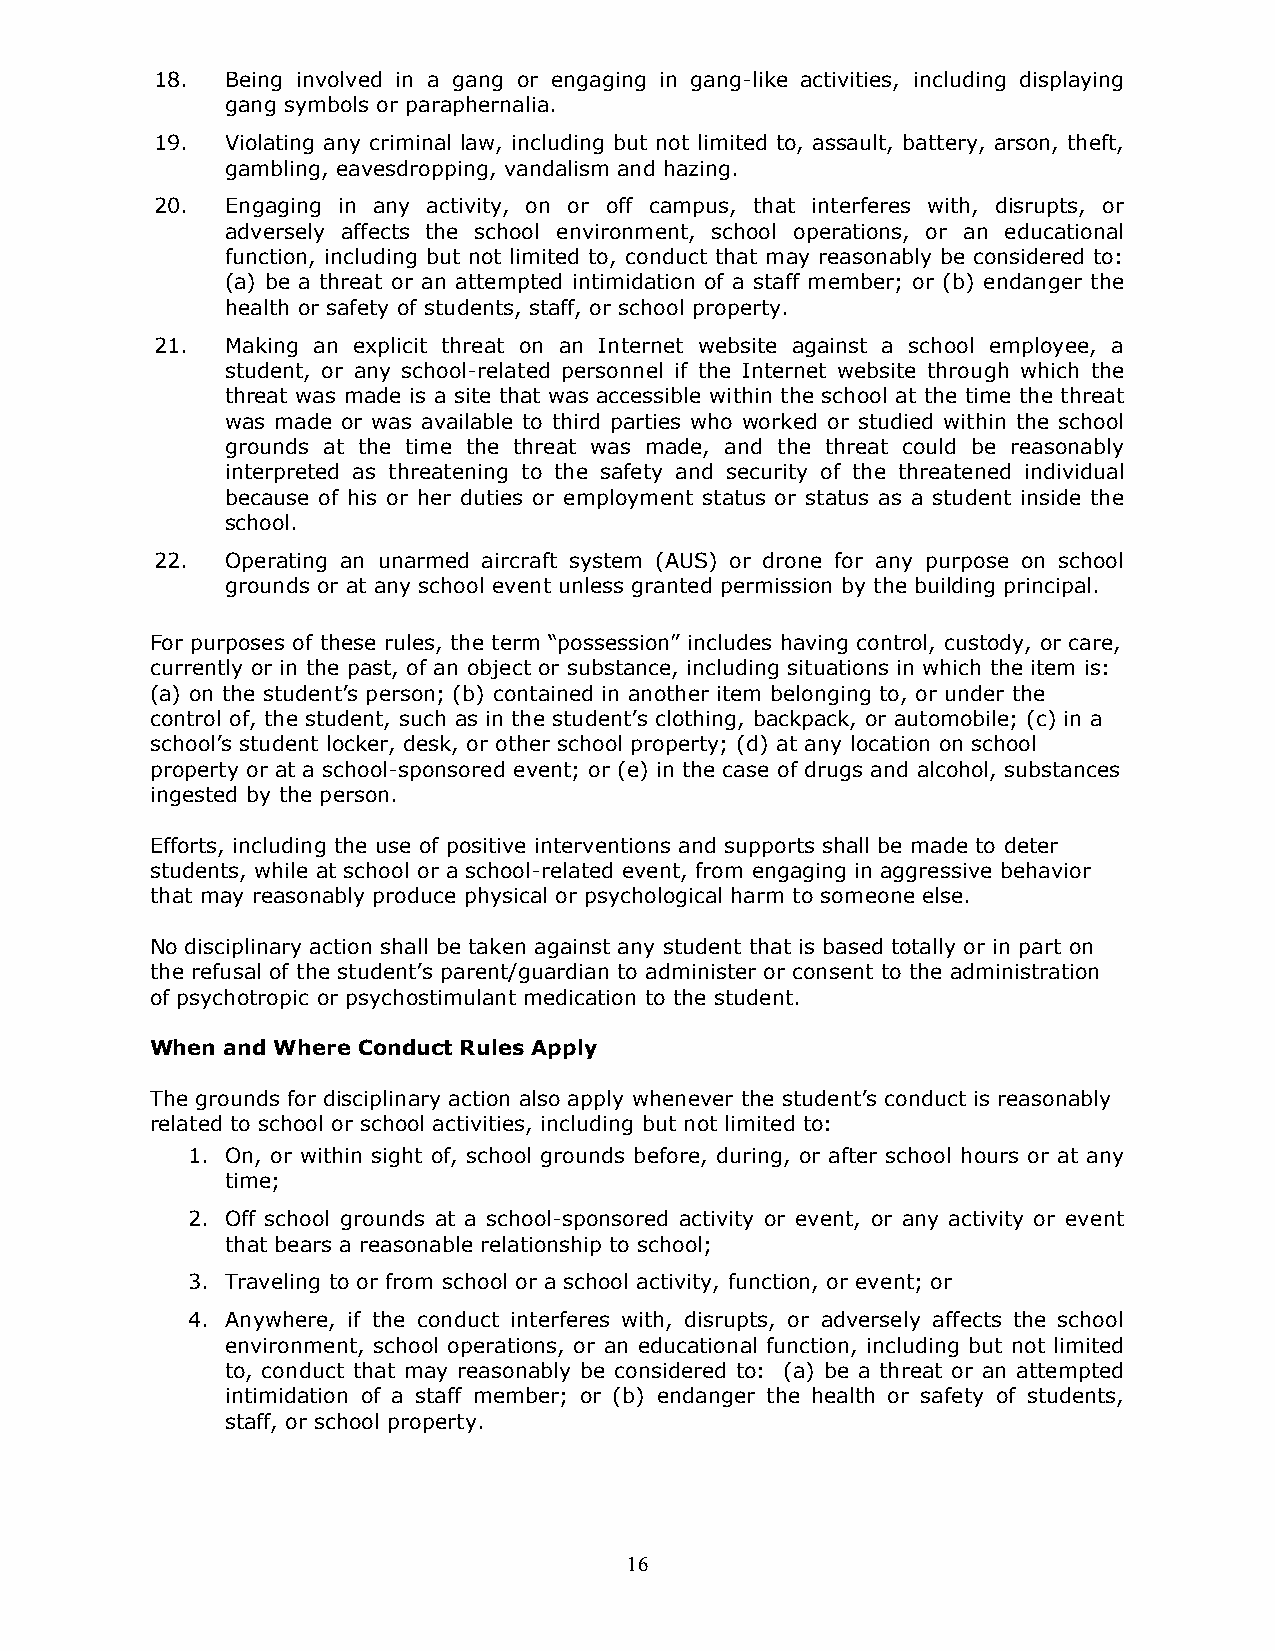
18.  Being involved in a gang or engaging in gang-like activities, including displaying
 gang symbols or paraphernalia.
 19.  Violating any criminal law, including but not limited to, assault, battery, arson, theft,
 gambling, eavesdropping, vandalism and hazing.
 20.  Engaging in any activity, on or off campus, that interferes with, disrupts, or
 adversely affects the school environment, school operations, or an educational
 function, including but not limited to, conduct that may reasonably be considered to:
 (a) be a threat or an attempted intimidation of a staff member; or (b) endanger the
 health or safety of students, staff, or school property.
 21.  Making an explicit threat on an Internet website against a school employee, a
 student, or any school-related personnel if the Internet website through which the
 threat was made is a site that was accessible within the school at the time the threat
 was made or was available to third parties who worked or studied within the school
 grounds at the time the threat was made, and the threat could be reasonably
 interpreted as threatening to the safety and security of the threatened individual
 because of his or her duties or employment status or status as a student inside the
 school.
 22.  Operating an unarmed aircraft system (AUS) or drone for any purpose on school
 grounds or at any school event unless granted permission by the building principal.
 For purposes of these rules, the term “possession” includes having control, custody, or care,
 currently or in the past, of an object or substance, including situations in which the item is:
 (a) on the student’s person; (b) contained in another item belonging to, or under the
 control of, the student, such as in the student’s clothing, backpack, or automobile; (c) in a
 school’s student locker, desk, or other school property; (d) at any location on school
 property or at a school-sponsored event; or (e) in the case of drugs and alcohol, substances
 ingested by the person.
 Efforts, including the use of positive interventions and supports shall be made to deter
 students, while at school or a school-related event, from engaging in aggressive behavior
 that may reasonably produce physical or psychological harm to someone else.
 No disciplinary action shall be taken against any student that is based totally or in part on
 the refusal of the student’s parent/guardian to administer or consent to the administration
 of psychotropic or psychostimulant medication to the student.
 When and Where Conduct Rules Apply
 The grounds for disciplinary action also apply whenever the student’s conduct is reasonably
 related to school or school activities, including but not limited to:
 1. On, or within sight of, school grounds before, during, or after school hours or at any
 time;
 2. Off school grounds at a school-sponsored activity or event, or any activity or event
 that bears a reasonable relationship to school;
 3. Traveling to or from school or a school activity, function, or event; or
 4. Anywhere, if the conduct interferes with, disrupts, or adversely affects the school
 environment, school operations, or an educational function, including but not limited
 to, conduct that may reasonably be considered to: (a) be a threat or an attempted
 intimidation of a staff member; or (b) endanger the health or safety of students,
 staff, or school property.
 16